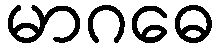
မာဂဓေ